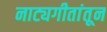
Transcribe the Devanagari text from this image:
नाट्यगीतांतून